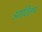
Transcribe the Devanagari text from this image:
आदितम